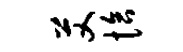
艾恰